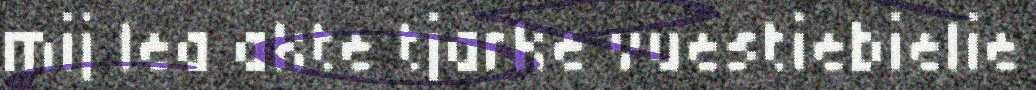
mij lea akte tjarke vuestiebielie